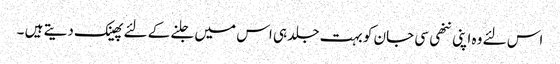
اس لئے وہ اپنی ننھی سی جان کو بہت جلد ہی اس میں جلنے کے لئے پھینک دیتے ہیں ۔